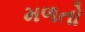
મળતો